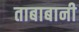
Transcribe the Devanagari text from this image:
ताबाबानी